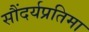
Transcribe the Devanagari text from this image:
सौंदर्यप्रतिमा